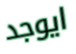
ايوجد